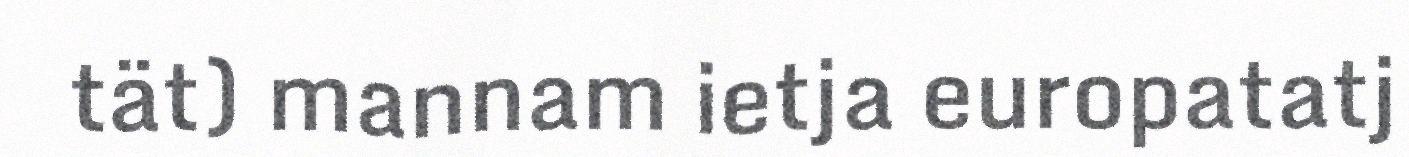
tät) mannam ietja europatatj